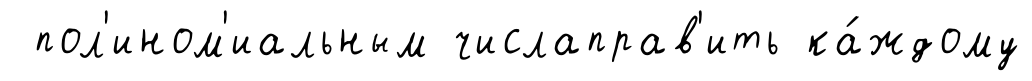
пол'ином'иальным числаправ'ить ка́ждому